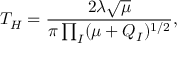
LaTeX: T _ { H } = \frac { 2 \lambda \sqrt { \mu } } { \pi \prod _ { I } ( \mu + Q _ { I } ) ^ { 1 / 2 } } ,